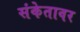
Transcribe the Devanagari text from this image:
संकेतावर